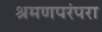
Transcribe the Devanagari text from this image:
श्रमणपरंपरा